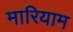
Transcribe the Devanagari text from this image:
मारियाम